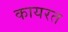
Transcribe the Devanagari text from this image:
कायरत